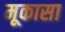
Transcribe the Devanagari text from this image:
मूकासा